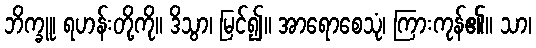
ဘိက္ခူ၊ ရဟန်းတို့ကို။ ဒိသွာ၊ မြင်၍။ အာရောစေသုံ၊ ကြားကုန်၏။ သာ၊